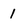
Character: 1